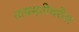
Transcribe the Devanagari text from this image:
ताम्रसृतीवरील